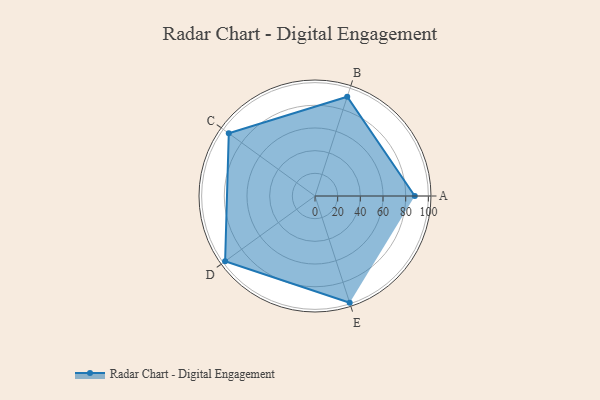
{"axis": {"x": "Skill", "y": "Score"}, "legend": ["Profile"], "data": [{"x": "A", "y": 88.0, "type": "Profile"}, {"x": "B", "y": 92.0, "type": "Profile"}, {"x": "C", "y": 94.0, "type": "Profile"}, {"x": "D", "y": 98.0, "type": "Profile"}, {"x": "E", "y": 99, "type": "Profile"}]}